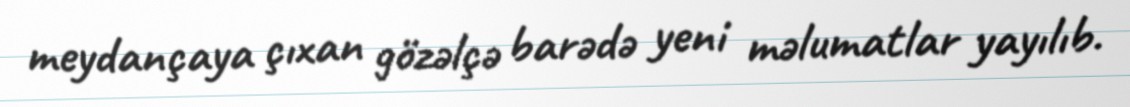
meydançaya çıxan gözəlçə barədə yeni məlumatlar yayılıb.